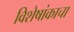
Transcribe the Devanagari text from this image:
विशेषांकाचा